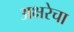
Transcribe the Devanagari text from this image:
अक्षरेचा